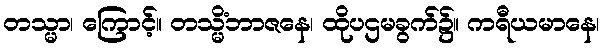
တသ္မာ၊ ကြောင့်။ တသ္မိံဘာဇနေ၊ ထိုပဌမခွက်၌။ ကရီယမာနေ၊